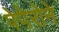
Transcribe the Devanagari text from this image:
पेपेरोने